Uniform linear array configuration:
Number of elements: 12
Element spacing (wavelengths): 0.25
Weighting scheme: cosine
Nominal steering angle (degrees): -45
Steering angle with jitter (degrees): -46.932
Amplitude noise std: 0.05
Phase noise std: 0.05

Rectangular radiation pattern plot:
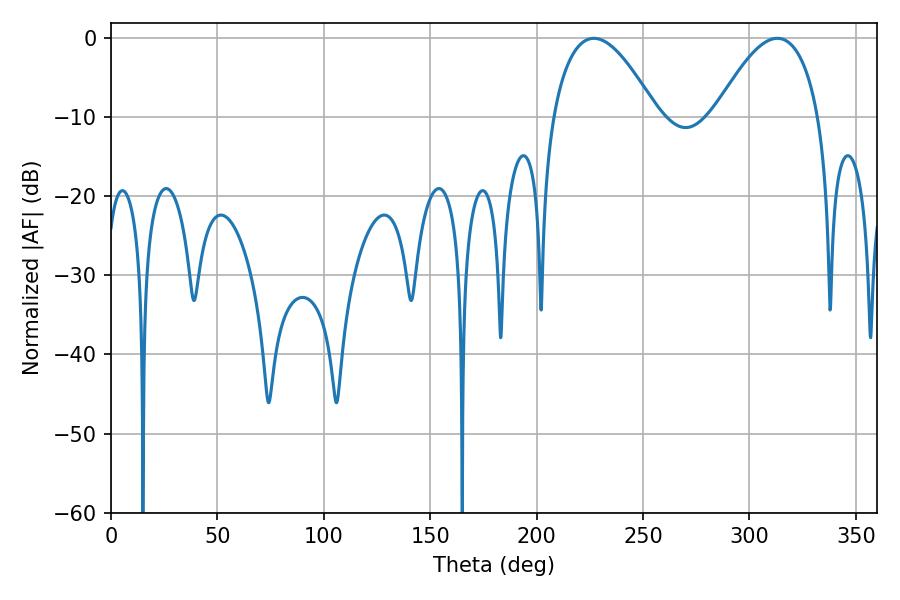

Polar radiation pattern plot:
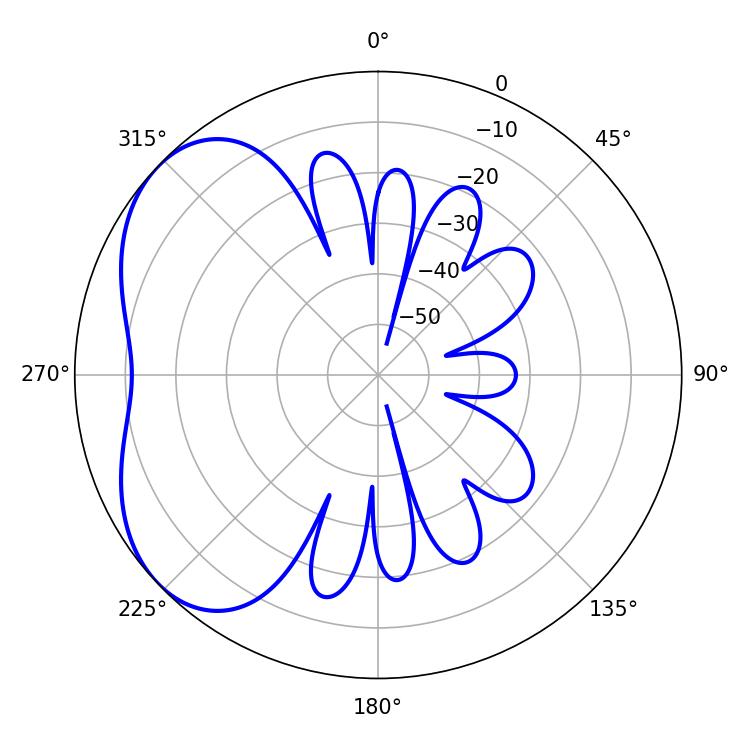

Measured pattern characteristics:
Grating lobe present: FALSE
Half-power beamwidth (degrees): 26.82
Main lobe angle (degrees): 226.8